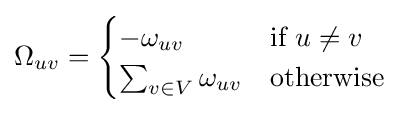
\Omega _{uv}={\begin{cases}-\omega _{uv}&{\text{if }}u\neq v\\\sum _{v\in V}{\omega _{uv}}&{\text{otherwise}}\end{cases}}